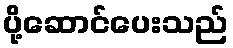
ပို့ဆောင်ပေးသည်